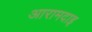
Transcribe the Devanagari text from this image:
आरामदाइ